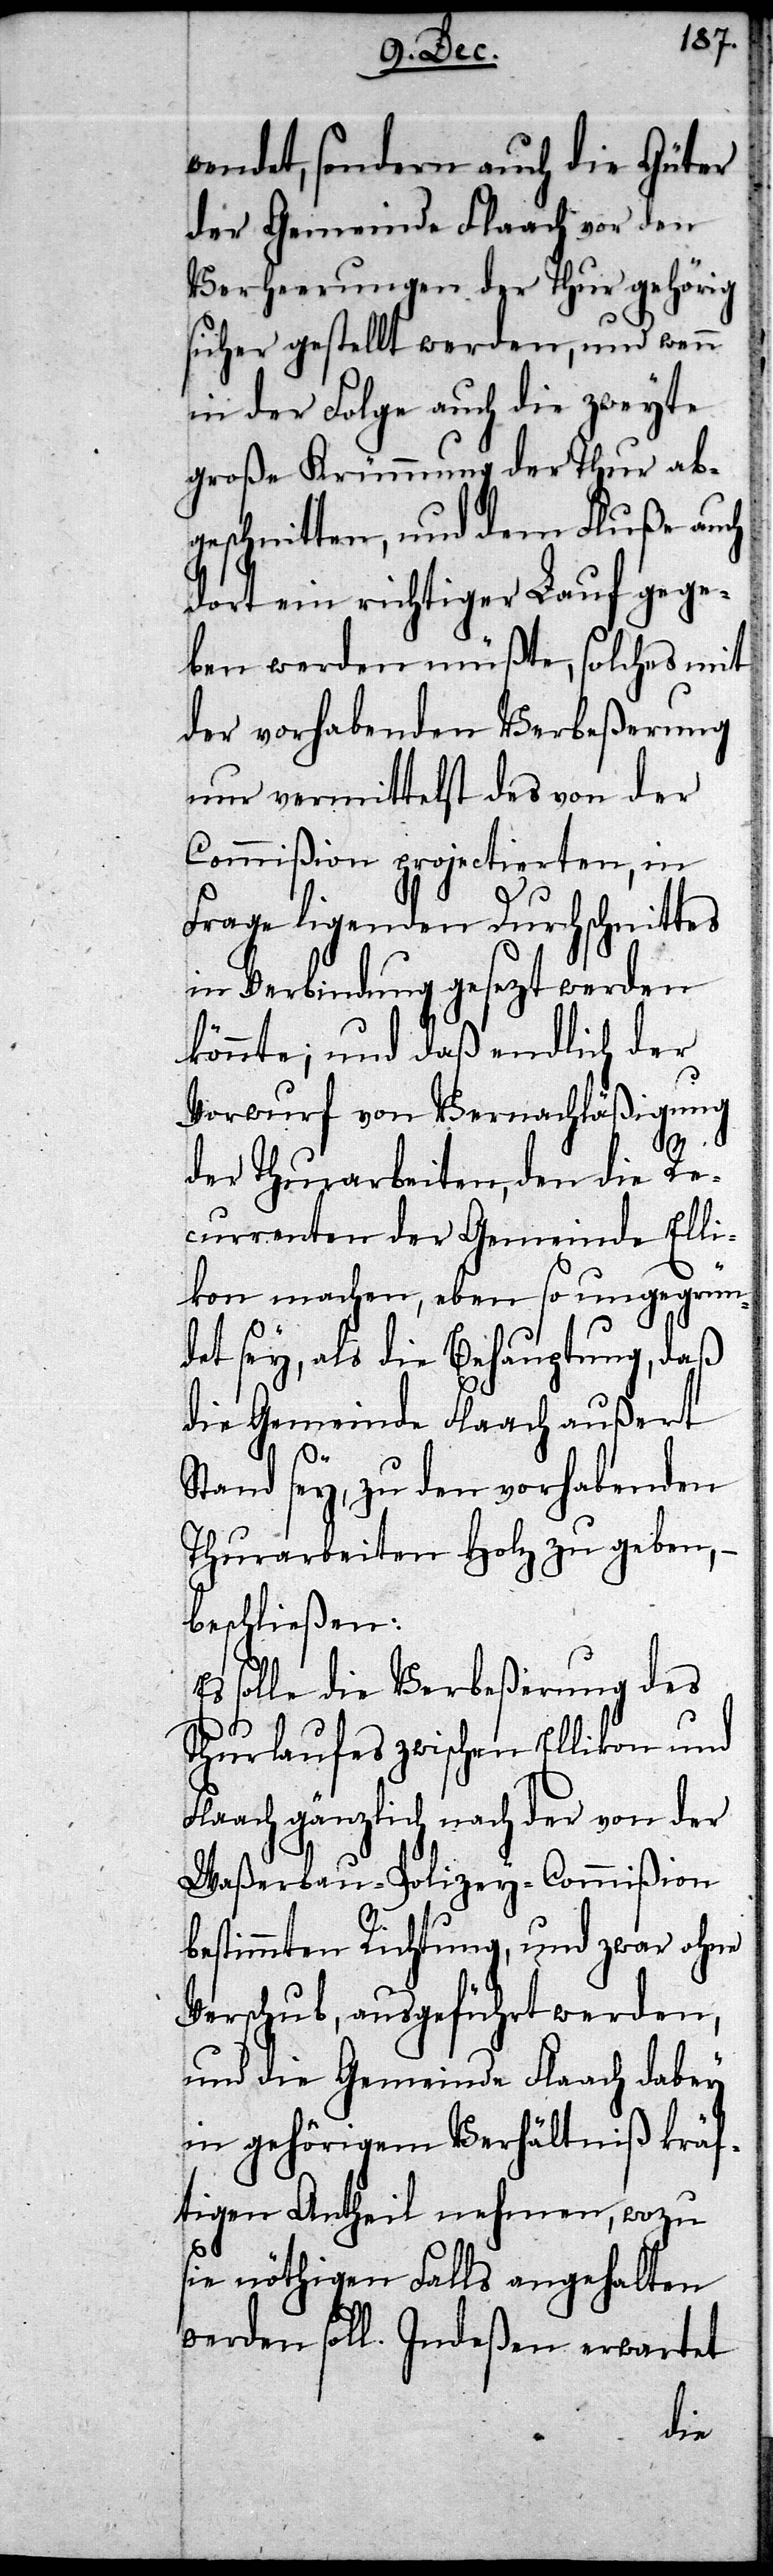
wendet, sondern auch die Güter
der Gemeinde Flaach vor den
Verheerungen der Thur gehörig
sicher gestellt werden, und wenn
in der Folge auch die zweyte
große Krümmung der Thur ab¬
geschnitten, und dem Fluße auch
dort ein richtiger Lauf gege¬
ben werden müßte, solches mit
der vorhabenden Verbeßerung
nur vermittelst des von der
Commißion projectierten, in
Frage ligenden Durchschnittes
in Verbindung gesezt werden
könnte; und daß endlich der
Vorwurf von Vernachläßigung
der Thurarbeiten, den die Re¬
currenten der Gemeinde Ell¬
omm¬
ikon machen, eben
daß
det sey, als die Behauptu¬
die Gemeinde Flaach
Stand sey, zu den vorhabenden
Thurarbeiten Holz zu geben,
beschließen:
Es solle die Verbeßerung des
Thurlaufes zwischen Ellikon und
Flaach gänzlich nach der von der
ißion
Waßerbau-Polizey-C¬
bestimmten Richtung, und zwar ohne
Verschub, ausgeführt werden,
und die Gemeinde Flaach dabey
in gehörigem Verhältniß kräf¬
tigen Antheil nehmen, wozu
sie nöthigen Falls angehalten
werden soll. Indeßen erwartet